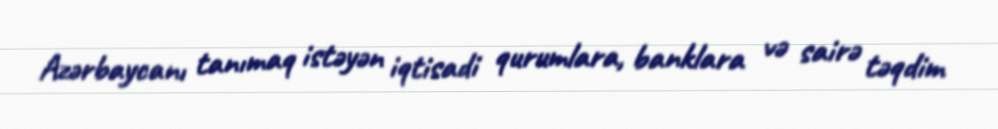
Azərbaycanı tanımaq istəyən iqtisadi qurumlara, banklara və sairə təqdim